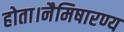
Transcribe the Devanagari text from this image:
होता।नैमिषारण्य